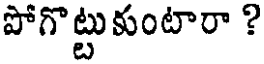
పోగొట్టు కుంటారా ?